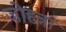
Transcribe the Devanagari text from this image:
जोहन्ना